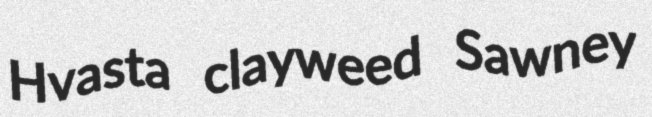
Hvasta clayweed Sawney